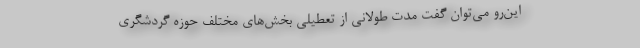
این‌رو می‌توان گفت مدت طولانی از تعطیلی بخش‌های مختلف حوزه گردشگری